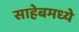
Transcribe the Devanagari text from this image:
साहेबमध्ये